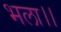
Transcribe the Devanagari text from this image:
भला।।